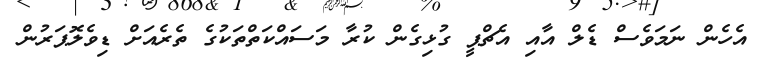
އެހެން ނަމަވެސް ޑެލް އާއި އެޗްޕީ ގުޅިގެން ކުރާ މަސައްކަތްތަކުގެ ތެރެއަށް ޑިވެލޮޕަރުން